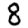
Digit: 8